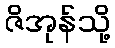
ဇိအုန်သို့